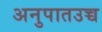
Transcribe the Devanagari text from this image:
अनुपातउच्च